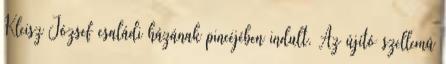
Kleisz József családi házának pincéjében indult. Az újító szellemû